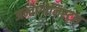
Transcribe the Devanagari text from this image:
अन्तागोनिस्ट्स